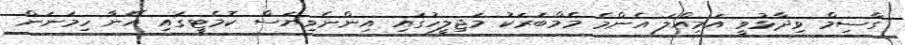
ގާސިމް ވިދާޅުވީ އަމިއްލަ އެންމެ މެމްބަރަކު މަޖިލީހުގައި އިންނެވިޔަސް ކޮމެޓީގައި އޭނާ ހިމަނަން